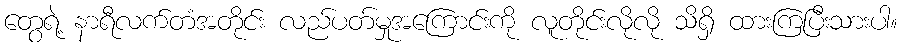
တွေရဲ့ နာရီလက်တံအတိုင်း လည်ပတ်မှုအကြောင်းကို လူတိုင်းလိုလို သိရှိ ထားကြပြီးသားပါ။